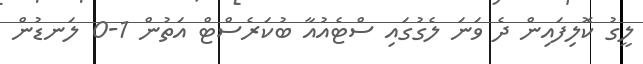
ލީގު ކޮލިފައިން ދެ ވަނަ ލެގުގައި ސްޓެއުއާ ބުކަރެސްޓް އަތުން 1-0 ލަނޑުން